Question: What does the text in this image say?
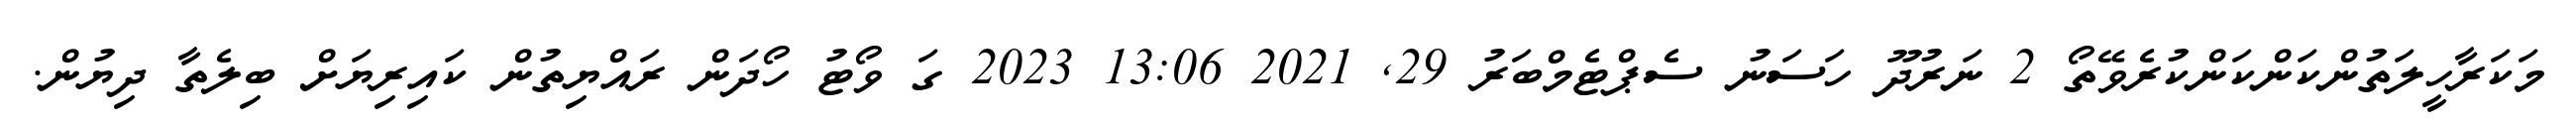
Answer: މަކަރާހީލަތުންކަންކަންކުރެވޭތޯ 2 ނަރުދޫ ހަސަނު ސެޕްޓެމްބަރު 29, 2021 13:06 2023 ގަ ވޯޓު ހޯދަން ރައްޔިތުން ކައިރިޔަށް ބިލެތާ ދިޔުން.